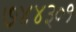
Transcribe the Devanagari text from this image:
७४४३०१